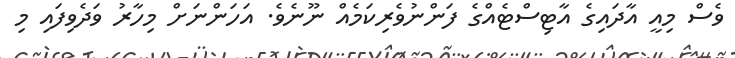
ވެސް މިއީ އާދައިގެ އާޓިސްޓެއްގެ ފަންނުވެރިކަމެއް ނޫނެވެ. އަހަންނަށް މިހާރު ވަދެވިފައި މި